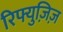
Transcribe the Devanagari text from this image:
रिफ्युज़िज़